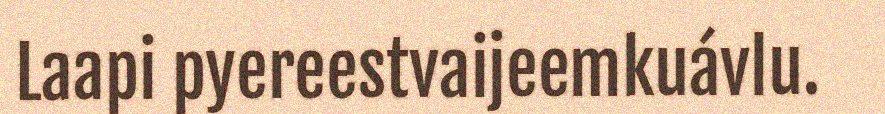
Laapi pyereestvaijeemkuávlu.